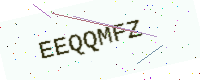
Text: EEQQMFZ